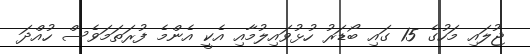
ޖުލައި މަހުގެ 15 ގައި ބޯޑަރު ހުޅުވައިލުމާއި އެކީ އެންމެ ފުރަތަމަވެސް ހުއްދަ